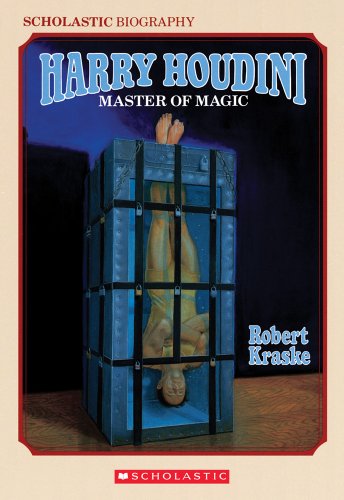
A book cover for Harry Houdini: Master of Magic (Harry Houdini Mysteries); Robert Kraske; Children's Books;